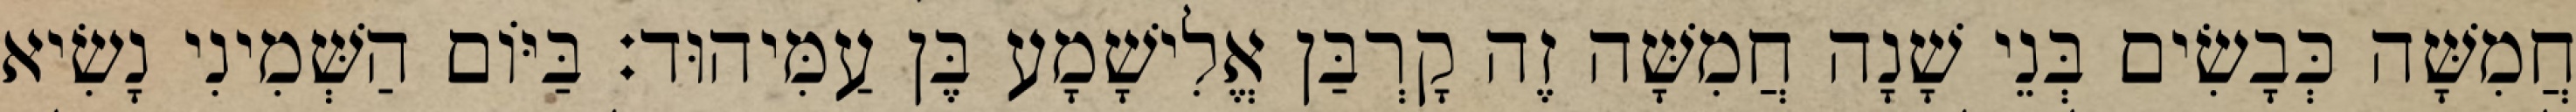
חֲמִשָּׁה כְּבָשִׂים בְּנֵי שָׁנָה חֲמִשָּׁה זֶה קָרְבַּן אֱלִישָׁמָע בֶּן עַמִּיהוּד׃ בַּיּוֹם הַשְּׁמִינִי נָשִׂיא